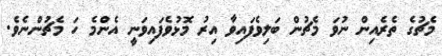
މެޗުގެ ތެރެއިން ނުވަ މެޗުން ބަލިވެފައިވާ އިރު މޮޅުވެފައިވަނީ އެންމެ ހަ މެޗުންނެވެ.